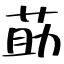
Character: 莇